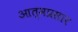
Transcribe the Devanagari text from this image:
आत्मप्रसार